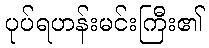
ပုပ်ရဟန်းမင်းကြီး၏